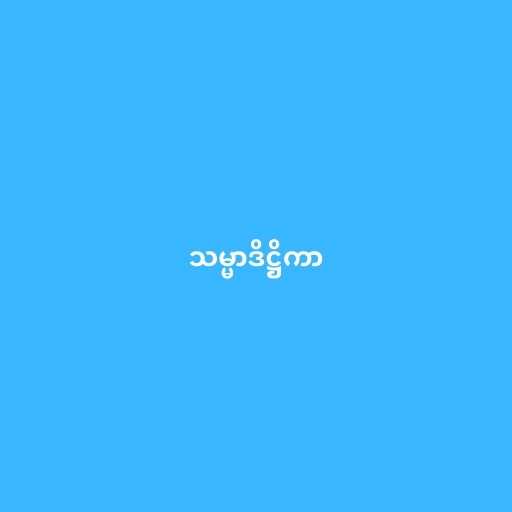
သမ္မာဒိဋ္ဌိကာ